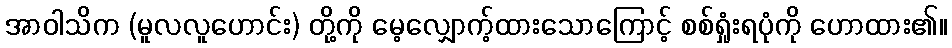
အာဝါသိက (မူလလူဟောင်း) တို့ကို မေ့လျှောက့်ထားသောကြောင့် စစ်ရှုံးရပုံကို ဟောထား၏။